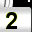
Digit: 2